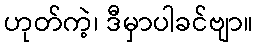
ဟုတ်ကဲ့၊ ဒီမှာပါခင်ဗျာ။